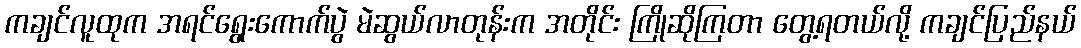
ကချင်လူထုက အရင်ရွေးကောက်ပွဲ မဲဆွယ်လာတုန်းက အတိုင်း ကြိုဆိုကြတာ တွေ့ရတယ်လို့ ကချင်ပြည်နယ်